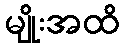
မျိုးအထိ